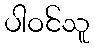
ပါဝင်သူ